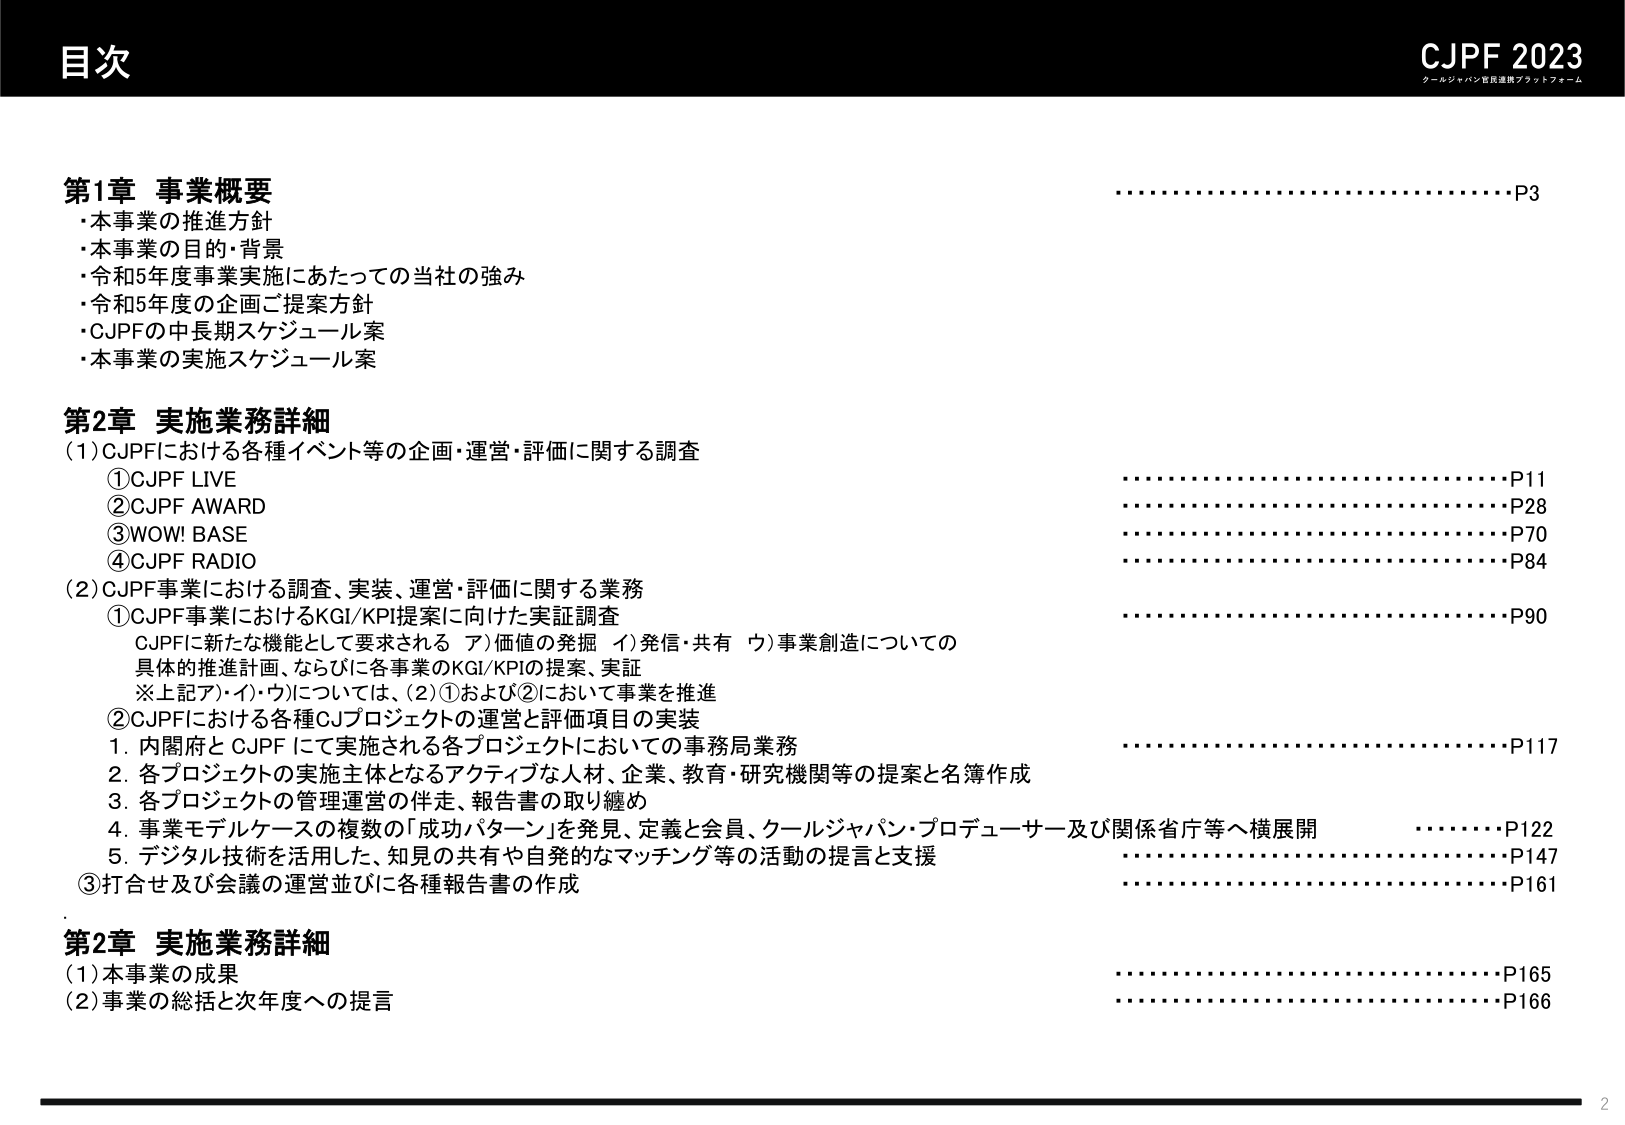
目次

CJPF 2023
クールジャパン官民連携プラットフォーム

第1章 事業概要
・本事業の推進方針
・本事業の目的・背景
・令和5年度事業実施にあたっての当社の強み
・令和5年度の企画ご提案方針
・CJPFの中長期スケジュール案
・本事業の実施スケジュール案
........................................................................P3

第2章 実施業務詳細
(1) CJPFにおける各種イベント等の企画・運営・評価に関する調査
　①CJPF LIVE
　②CJPF AWARD
　③WOW! BASE
　④CJPF RADIO
........................................................................P11
........................................................................P28
........................................................................P70
........................................................................P84
(2) CJPF事業における調査、実装、運営・評価に関する業務
　①CJPF事業におけるKGI/KPI提案に向けた実証調査
　　CJPFに新たな機能として要求される　ア)価値の発掘　イ)発信・共有　ウ)事業創造についての
　　具体的推進計画、ならびに各事業のKGI/KPIの提案、実証
　　※上記ア)・イ)・ウ)については、(2)①および②において事業を推進
　②CJPFにおける各種CJプロジェクトの運営と評価項目の実装
　　1. 内閣府とCJPFにて実施される各プロジェクトにおいての事務局業務
　　2. 各プロジェクトの実施主体となるアクティブな人材、企業、教育・研究機関等の提案と名簿作成
　　3. 各プロジェクトの管理運営の伴走、報告書の取り纏め
　　4. 事業モデルケースの複数の「成功パターン」を発見、定義と会員、クールジャパン・プロデューサー及び関係省庁等へ横展開
　　5. デジタル技術を活用した、知見の共有や自発的なマッチング等の活動の提言と支援
　③打合せ及び会議の運営並びに各種報告書の作成
........................................................................P90
........................................................................P117
........................................................................P122
........................................................................P147
........................................................................P161

第2章 実施業務詳細
(1) 本事業の成果
(2) 事業の総括と次年度への提言
........................................................................P165
........................................................................P166

2